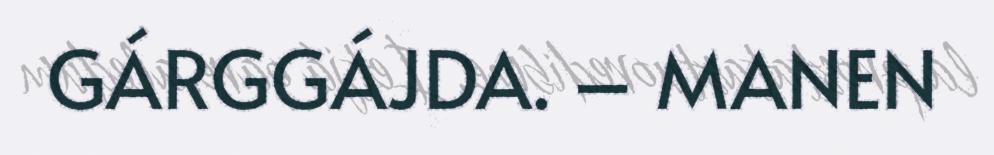
GÁRGGÁJDA. – MANEN